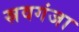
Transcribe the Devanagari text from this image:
स्रवगंजा